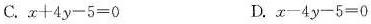
C.$$x + 4 y - 5 = 0$$ D.$$x - 4 y - 5 = 0$$